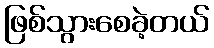
ဖြစ်သွားစေခဲ့တယ်